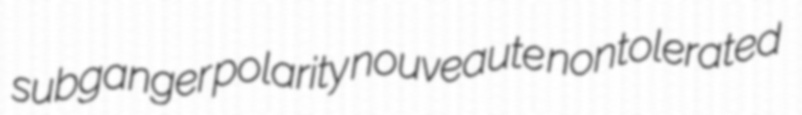
subganger polarity nouveaute nontolerated